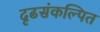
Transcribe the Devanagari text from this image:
दृढसंकल्पित